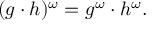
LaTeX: ( g \cdot h ) ^ { \omega } = g ^ { \omega } \cdot h ^ { \omega } .